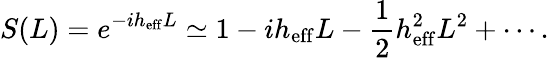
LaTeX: S(L)=e^{-ih_{\mathrm{eff}}L}\simeq 1-ih_{\mathrm{eff}}L-{\frac{1}{2}}h_{\mathrm{eff}}^{2}L^{2}+\cdots.